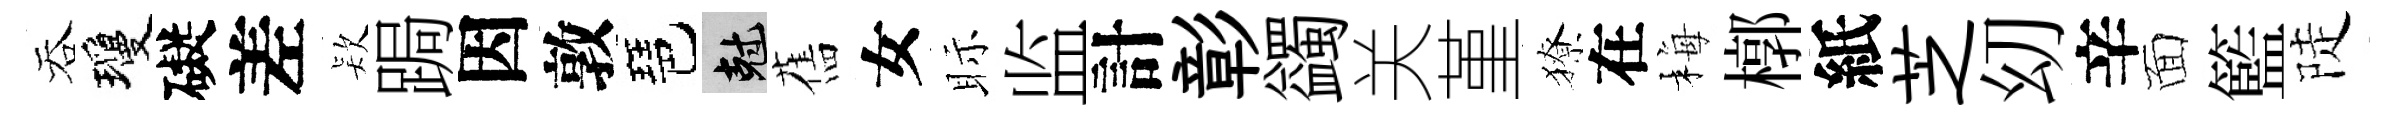
吞瓊礙差𣣇跼因敦琶剋舊女眎监計彰蠲关堇獠在梅槨紙芝㓜辛面籃陡